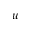
u